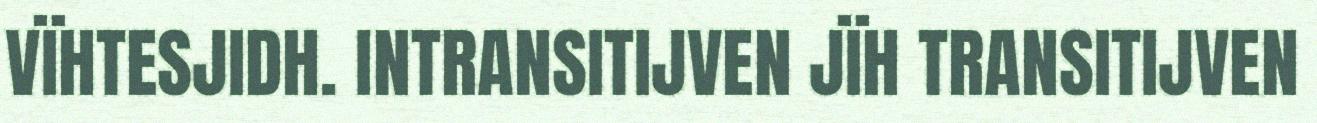
VÏHTESJIDH. INTRANSITIJVEN JÏH TRANSITIJVEN